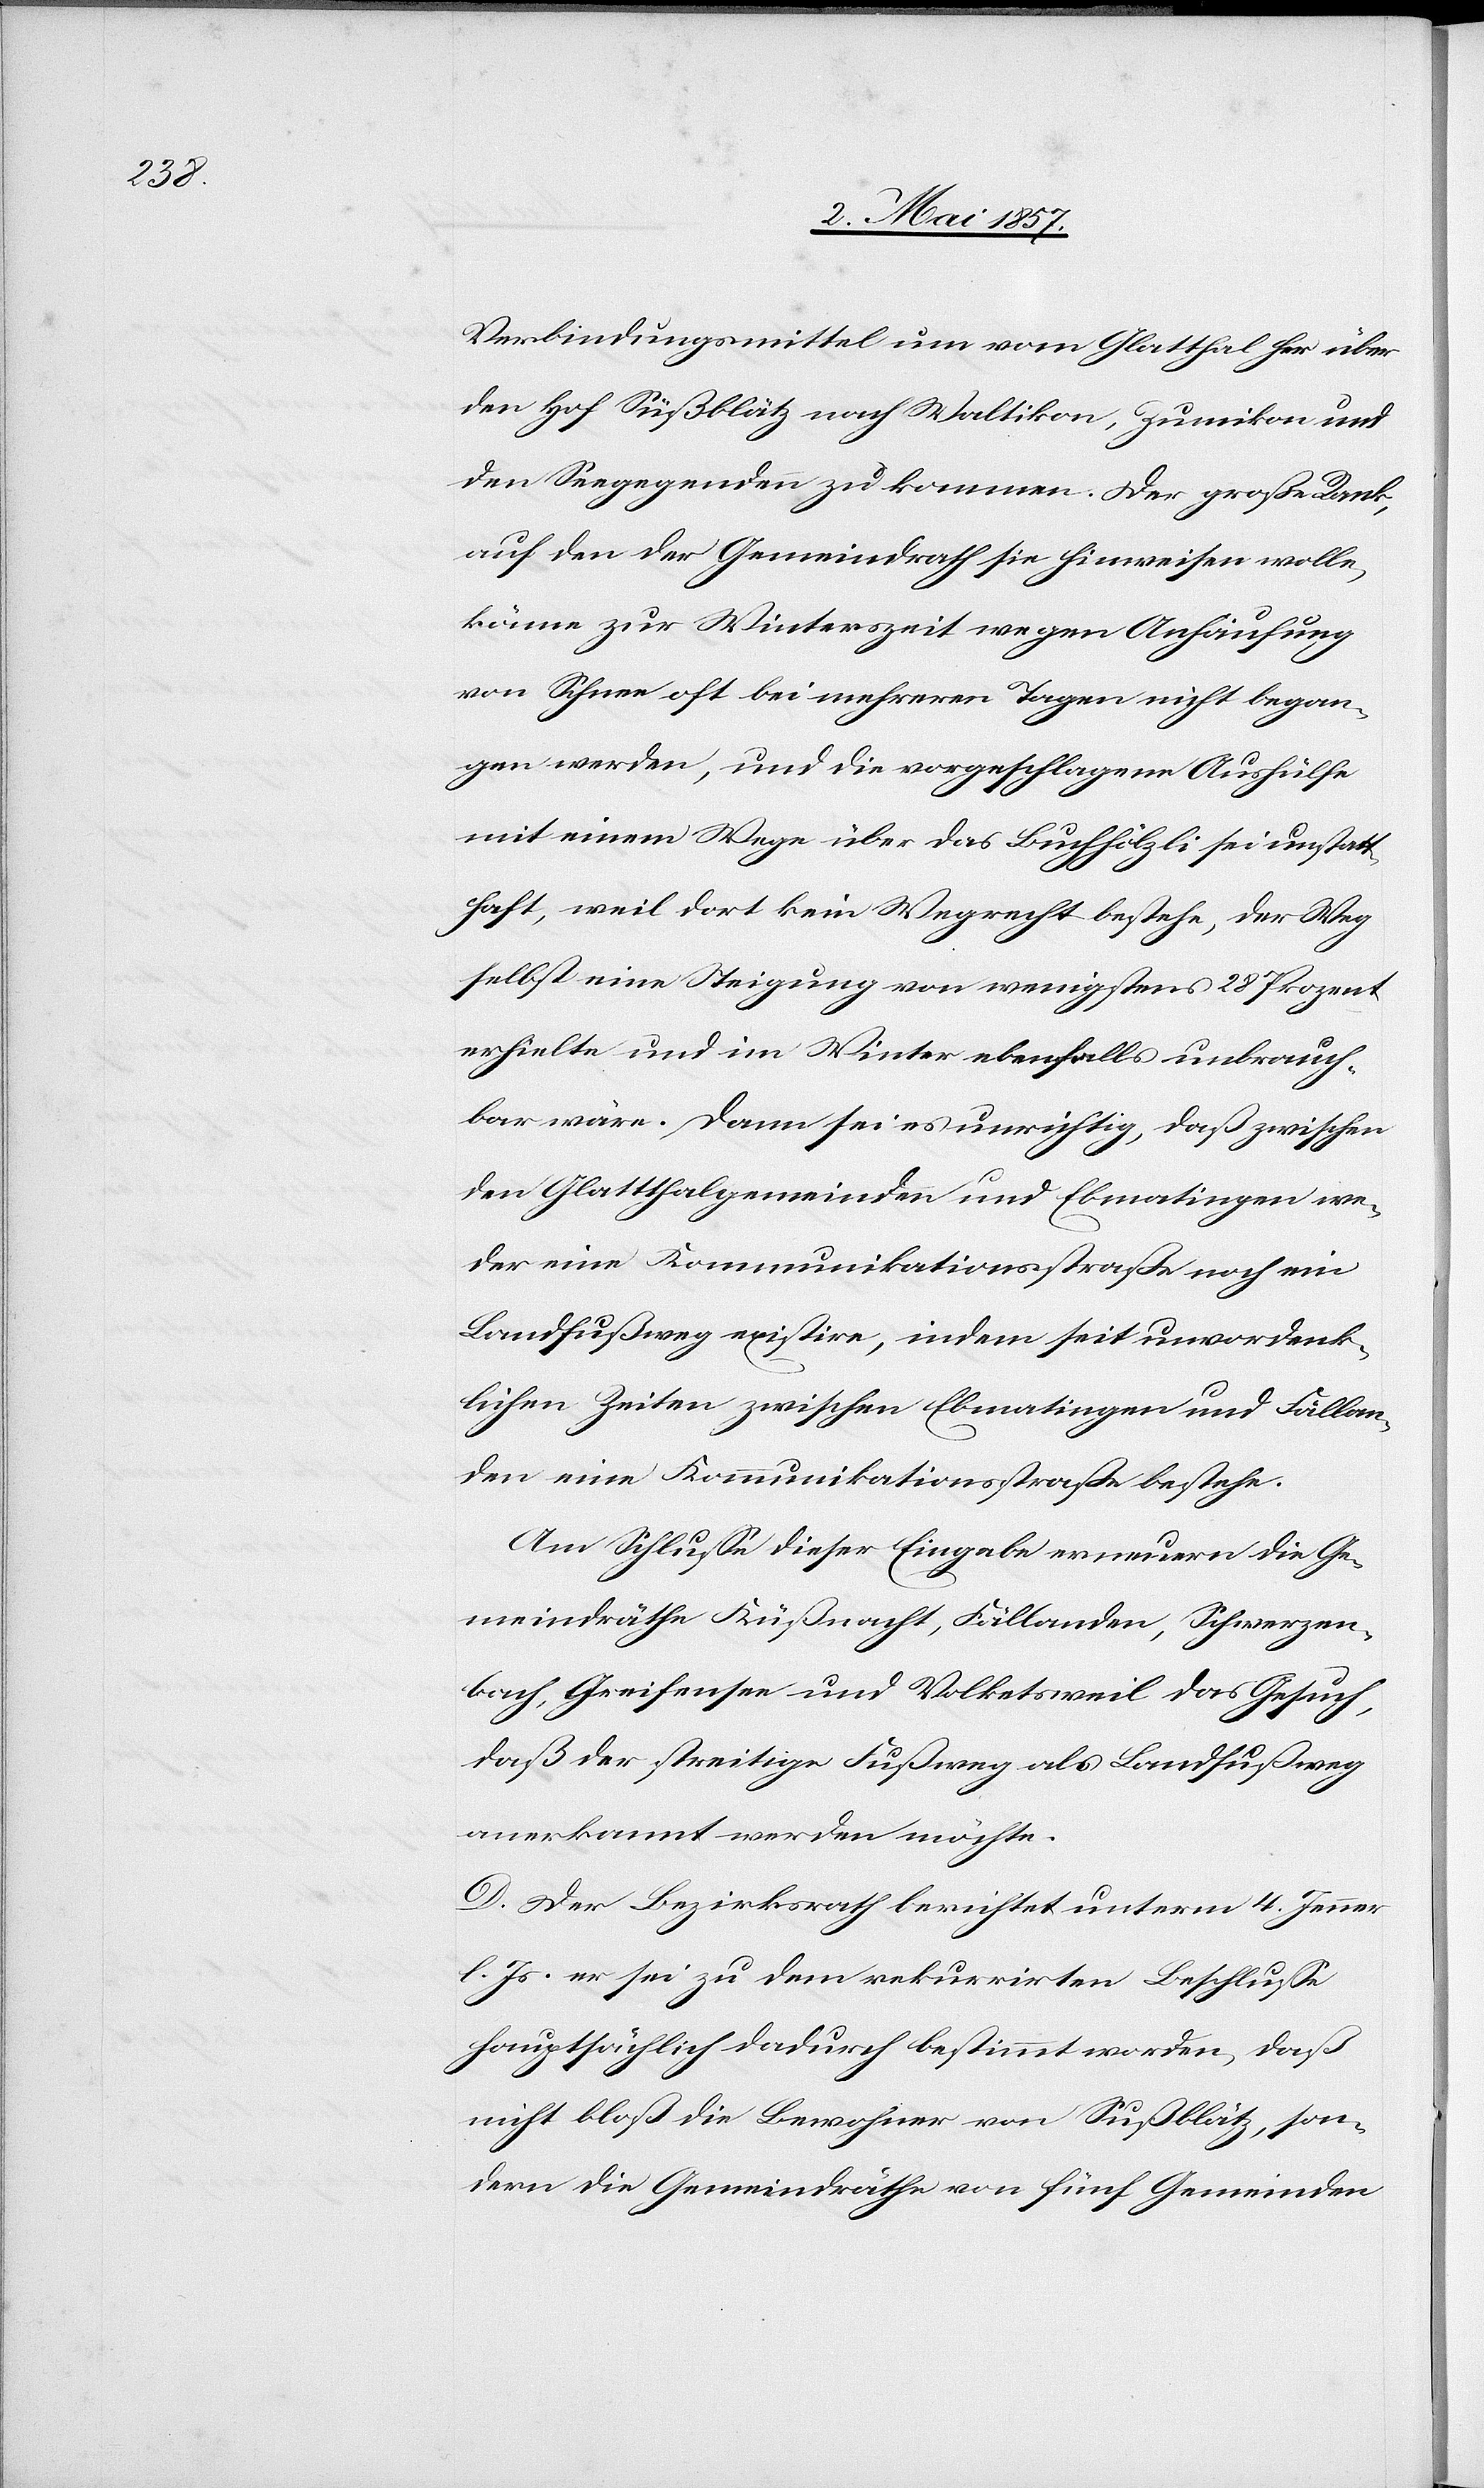
Verbindungsmittel um vom Glatthal her über
den Hof Süßblätz nach Waltikon, Zumikon und
den Seegegenden zu kommen. Der große Rank,
auf den der Gemeindrath sie hinweisen wolle,
könne zur Winterzeit wegen Anhäufung
von Schnee oft bei mehreren Tagen nicht began¬
gen werden, und die vorgeschlagene Aushülfe
mit einem Wege über das Buchhölzli sei unstatt¬
haft, weil dort kein Wegrecht bestehe, der Weg
selbst eine Steigung von wenigstens 28 Prozent
erhielte und im Winter ebenfalls unbrauch¬
bar wäre. Dann sei es unrichtig, daß zwischen
den Glatthalgemeinden und Ebmatingen we¬
der eine Kommunikationsstraße noch ein
Landfußweg existire, indem seit unvordenk¬
lichen Zeiten zwischen Ebmatingen und Fällan¬
den eine Kommunikationsstraße bestehe.
Am Schlusse dieser Eingabe erneuern die Ge¬
meindräthe Küßnacht, Fällanden, Schwerzen¬
bach, Greifensee und Volketsweil das Gesuch,
daß der streitige Fußweg als Landfußweg
anerkannt werden möchte.
D. Der Bezirksrath berichtet unterm 4. Jenner
l. Js. er sei zu dem rekurrirten Beschlusse
hauptsächlich dadurch bestimmt worden, daß
nicht bloß die Bewohner von Süßblätz, son¬
dern die Gemeindräthe von fünf Gemeinden